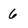
Character: 6